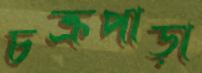
চক্রপাড়া